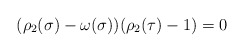
\begin{align*}(\rho_2(\sigma)-\omega(\sigma))(\rho_2(\tau)-1)=0\end{align*}